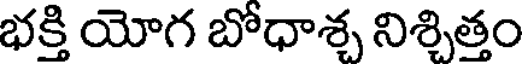
భక్తి యోగ బోధాశ్చ నిశ్చిత్తం